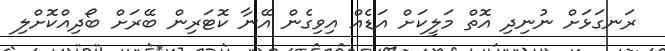
ރަނގަޅަށް ނުނިދި އޮތް މަލީކަށް އަޑެއް އިވިގެން އޭނާ ކޮޓަރިން ބޭރަށް ބޯދިއްކޮށްލި